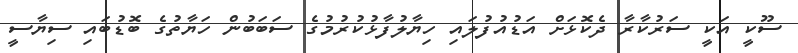
ސޫކީ އަކީ ސަރުކާރާ ދެކޮޅަށް އަޑުއުފުލައި ހިޔާލުފާޅުކުރުމުގެ ސަބަބުން ހަޔާތުގެ ބޮޑުބައި ސިޔާސީ